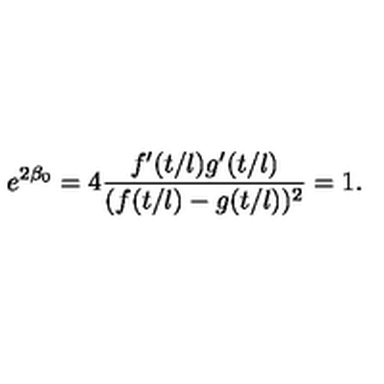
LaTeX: e ^ { 2 \beta _ { 0 } } = 4 \frac { f ^ { \prime } ( t / l ) g ^ { \prime } ( t / l ) } { ( f ( t / l ) - g ( t / l ) ) ^ { 2 } } = 1 .